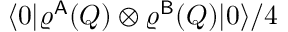
\langle \boldsymbol { 0 } | \varrho ^ { \mathsf { A } } ( Q ) \otimes \varrho ^ { \mathsf { B } } ( Q ) | \boldsymbol { 0 } \rangle / 4